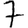
Digit: 7